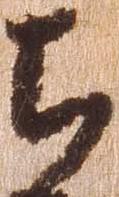
ち